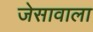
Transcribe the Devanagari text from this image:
जेसावाला